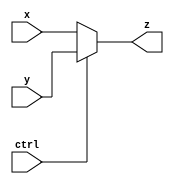
module MUX_Gen 
#(parameter N = 32)
(
  input [N-1:0] x , y ,
  input ctrl ,
  output [N-1:0]z 
    );
    assign z = ctrl ? y : x ;
endmodule